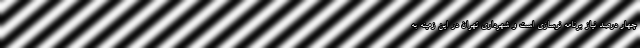
چهار درصد نیاز برنامه نوسازی است و شهرداری تهران در این زمینه به